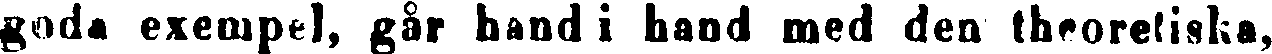
goda exempel, går hand i hand med den theoretiska,